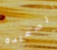
السعيده